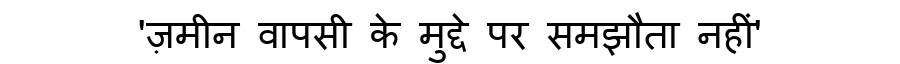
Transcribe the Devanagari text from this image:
'ज़मीन वापसी के मुद्दे पर समझौता नहीं'